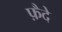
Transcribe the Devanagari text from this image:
फ़ैदे